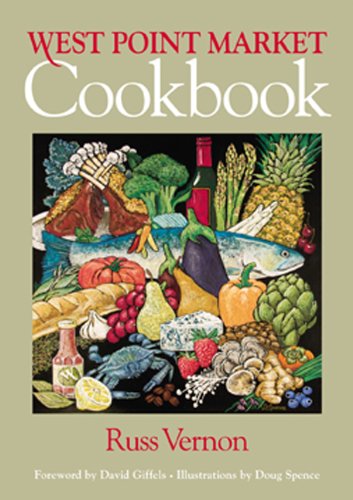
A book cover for West Point Market Cookbook; Russ Vernon; Cookbooks, Food & Wine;